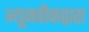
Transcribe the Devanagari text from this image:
न्यूजवीकद्वारा